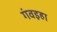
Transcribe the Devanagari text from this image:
गंवइहा